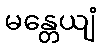
မန္တေယျံ